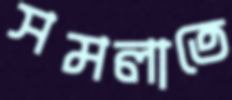
সমলাতে